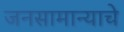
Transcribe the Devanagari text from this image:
जनसामान्याचे